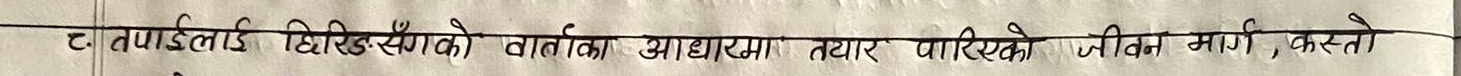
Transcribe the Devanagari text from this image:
ट. तपाइँलाई छिरिङ्सांगको वार्ताको आधारमा तयार पारिएको जीवन मार्ग, कस्तो